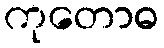
ကုတောဓ